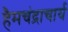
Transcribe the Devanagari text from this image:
हैमचंद्राचार्य